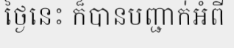
ថ្ងៃនេះ ក៏បានបញ្ជាក់អំពី